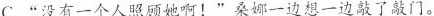
C.”没有一个人照顾她啊！”桑娜一边想一边敲了敲门。